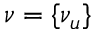
\boldsymbol { \nu } = \{ \nu _ { u } \}